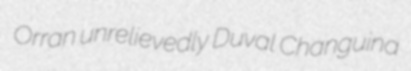
Orran unrelievedly Duval Changuina